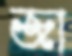
জা